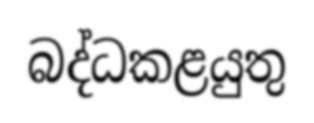
බද්ධකළයුතු